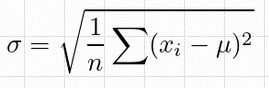
\sigma=\sqrt{\frac1n\sum(x_i-\mu)^2}